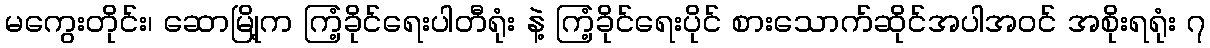
မကွေးတိုင်း၊ ဆောမြို့က ကြံ့ခိုင်ရေးပါတီရုံး နဲ့ ကြံ့ခိုင်ရေးပိုင် စားသောက်ဆိုင်အပါအဝင် အစိုးရရုံး ၇